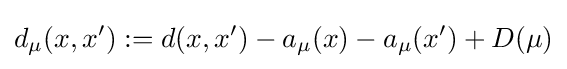
d_{\mu }(x,x'):=d(x,x')-a_{\mu }(x)-a_{\mu }(x')+D(\mu )